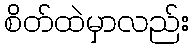
စိတ်ထဲမှာလည်း